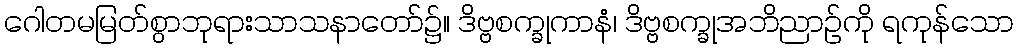
ဂေါတမမြတ်စွာဘုရားသာသနာတော်၌။ ဒိဗ္ဗစက္ခုကာနံ၊ ဒိဗ္ဗစက္ခုအဘိညာဉ်ကို ရကုန်သော